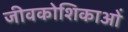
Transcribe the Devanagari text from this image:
जीवकोशिकाओं